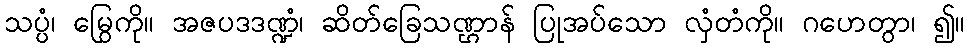
သပ္ပံ၊ မြွေကို။ အဇပဒဒဏ္ဍံ၊ ဆိတ်ခြေသဏ္ဌာန် ပြုအပ်သော လှံတံကို။ ဂဟေတွာ၊ ၍။